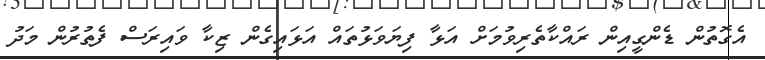
އެގޮތުން ޑެންގީއިން ރައްކާތެރިވުމަށް އަޅާ ފިޔަވަޅުތައް އަޅައިގެން ޒިކާ ވައިރަސް ފެތުރުން މަދު